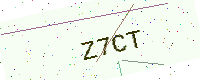
Text: Z7CT